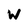
Character: W